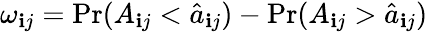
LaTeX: \omega_{\mathbf{i}j}=\mathrm{{Pr}}(A_{\mathbf{i}j}<\hat{{a}}_{\mathbf{i}j})-\mathrm{{Pr}}(A_{\mathbf{i}j}>\hat{{a}}_{\mathbf{i}j})